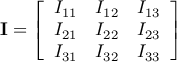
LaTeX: \mathbf { I } = { \left[ \begin{array} { l l l } { I _ { 1 1 } } & { I _ { 1 2 } } & { I _ { 1 3 } } \\ { I _ { 2 1 } } & { I _ { 2 2 } } & { I _ { 2 3 } } \\ { I _ { 3 1 } } & { I _ { 3 2 } } & { I _ { 3 3 } } \end{array} \right] }